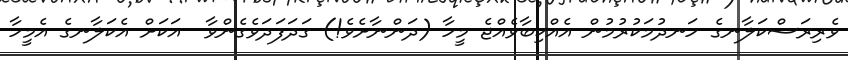
ވެރިރަސްކަލާނގެ ހަނދުމަކުރުމުން އެއްކިބާވެއްޖެ މީހާ (ދަންނާށެވެ!) ގަދަފަދަވެގެންވާ  އަކަށް އެކަލާނގެ އެމީހާ